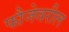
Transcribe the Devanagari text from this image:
फौजेवरील